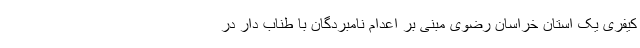
کیفری یک استان خراسان رضوی مبنی بر اعدام نامبردگان با طناب دار در